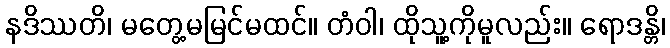
နဒိဿတိ၊ မတွေ့မမြင်မထင်။ တံဝါ၊ ထိုသူ့ကိုမူလည်း။ ရောဒန္တိ၊